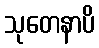
သုတေနာပိ